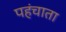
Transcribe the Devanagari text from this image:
पहंचाता